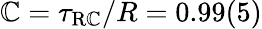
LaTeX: \mathbb{C}=\tau_{\mathrm{{{R\mathbb{C}}}}}/R=0.99(5)